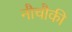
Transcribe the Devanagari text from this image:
नौचौकी